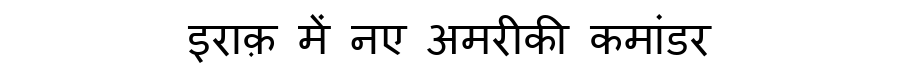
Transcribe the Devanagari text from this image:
इराक़ में नए अमरीकी कमांडर